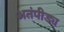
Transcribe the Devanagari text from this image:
अतंपीड्य